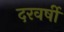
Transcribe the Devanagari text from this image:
दरवर्षी